NAE_ERA_R-2632_ENSV_TA_Emakeele_Selts_1945-1955, lk 33
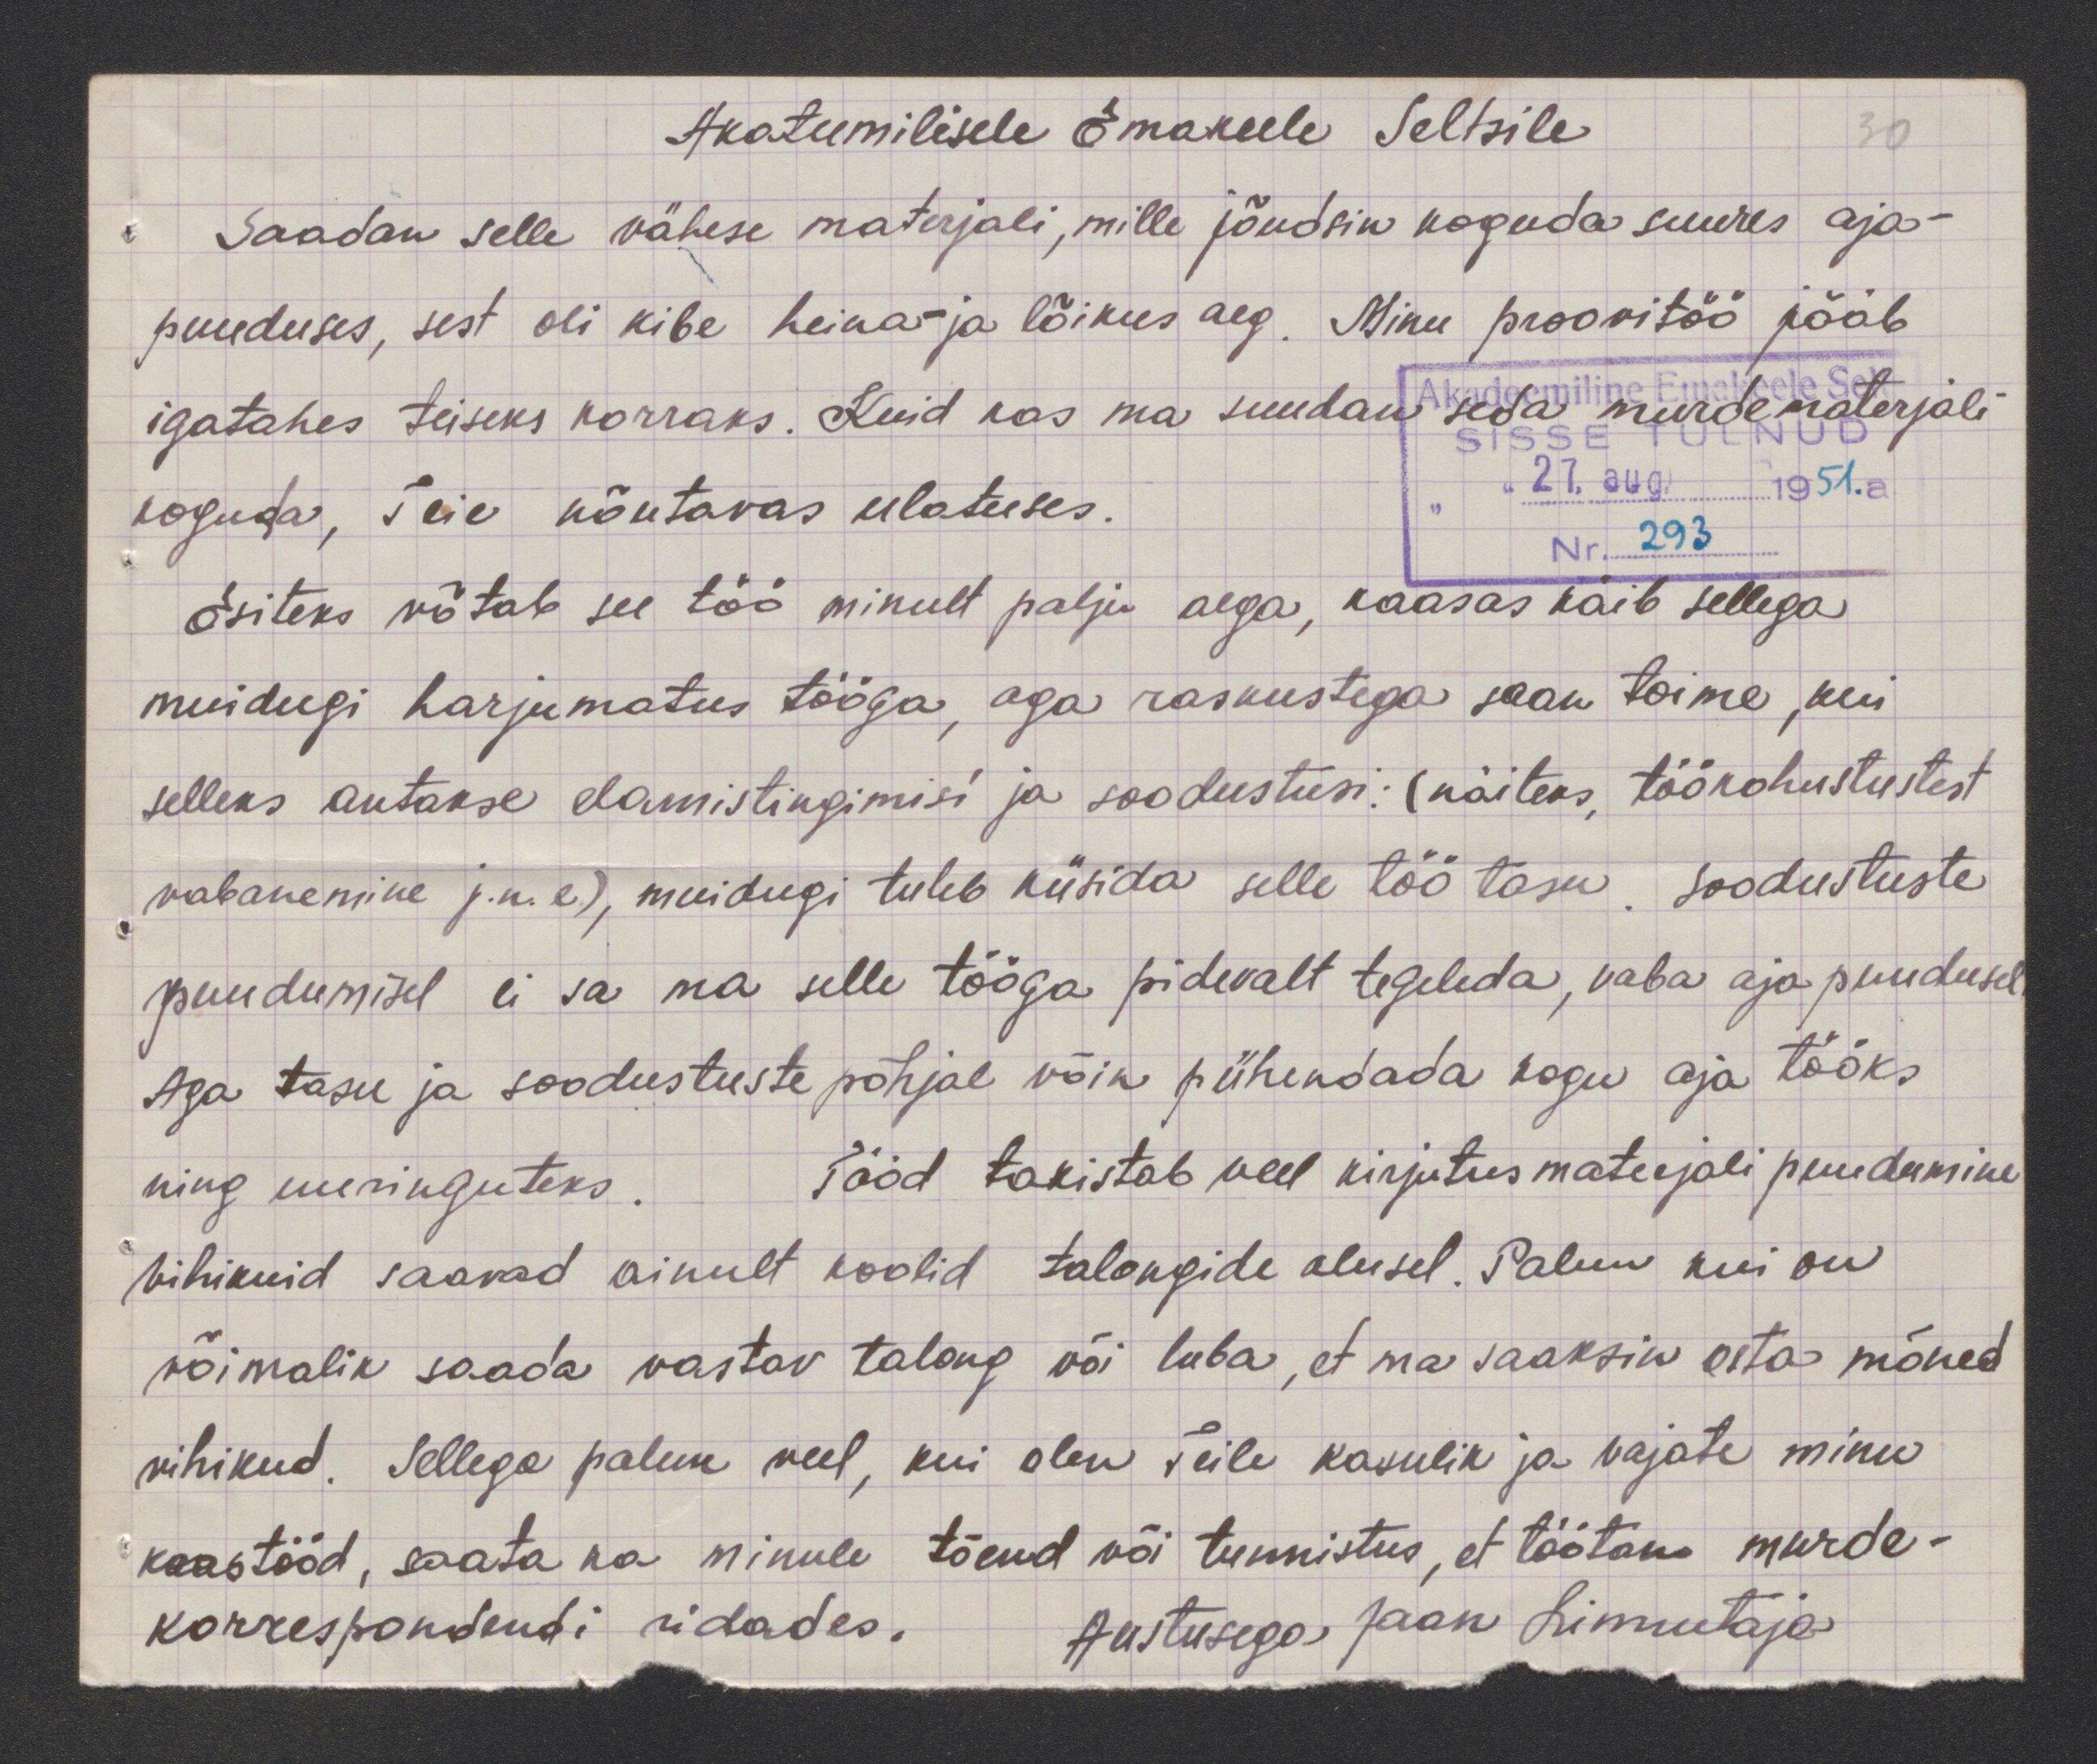
Akateemilisele Emakeele Seltsile
Saadan selle vähese materjali, mille jõudsin koguda suures aja-
puuduses, sest oli kibe heina ja lõikus aeg. Minu proovitöö jääb
igatahes teiseks korraks. Kuid kas ma suudan seda murdematerjali
koguda, Teie nõutavas ulatuses.
Esiteks võtab see töö minult palju aega, kaasas käib sellega
muidugi harjumatus tööga, aga raskustega saan toime, kui
selleks antakse elamistingimisi ja soodustusi: (näiteks, töökohustustest
vabanemine j.n. e), muidugi tuleb küsida selle töö tasu. Soodustuste
puudumisel ei sa ma selle tööga pidevalt tegeleda, vaba aja puudusel
Aga tasu ja soodustuste põhjal võin pühendada kogu aja tööks
ning uuringuteks. Tööd takistab veel kirjutus materjali puudumine
vihikuid saavad ainult koolid talongide alusel. Palun kui on
võimalik saada vastav talong või luba, et ma saaksin osta mõned
vihikud. Sellega palun veel, kui olen Teile kasulik ja vajate minu
kaastööd, saata ka minule tõend või tunnistus, et töötan murde-
korrespondendi ridades.
Austusega Jaan